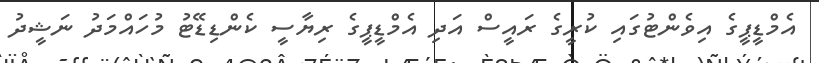
އެމްޑީޕީގެ އިވެންޓުގައި ކުރީގެ ރައީސް އަދި އެމްޑީޕީގެ ރިޔާސީ ކެންޑިޑޭޓު މުހައްމަދު ނަޝީދު